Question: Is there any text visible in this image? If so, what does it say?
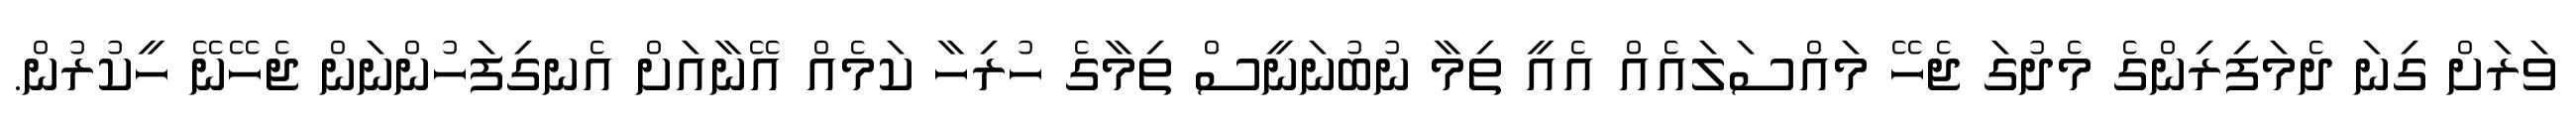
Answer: ވަރަށް ގިނަ ދެމަފިރިންގެ މެދުގަ ޖެހޭ މައްސަލައެއް އެއީ ތިމާ ނުބުނަނީސް ތިމާގެ ހުރިހާ ކަމެއް އޭނާއަށް އެނގިފަހުންނަން ޖެހޭނޭ ހީކުރުން.